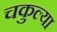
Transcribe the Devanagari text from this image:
चकुल्या